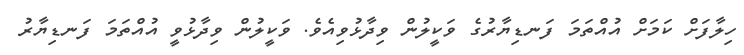
ހިލާފަށް ކަމަށް އުއްތަމަ ފަނޑިޔާރުގެ ވަކީލުން ވިދާޅުވިއެވެ. ވަކީލުން ވިދާޅުވީ އުއްތަމަ ފަނޑިޔާރު